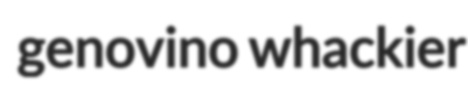
genovino whackier